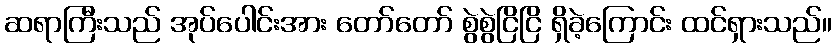
ဆရာကြီးသည် အုပ်ပေါင်းအား တော်တော် စွဲစွဲငြိငြိ ရှိခဲ့ကြောင်း ထင်ရှားသည်။